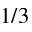
1 / 3